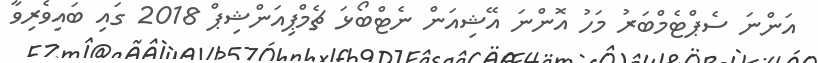
އަންނަ ސެޕްޓެމްބަރު މަހު އޮންނަ އޭޝިއަން ނެޓްބޯޅަ ޗެމްޕިއަންޝިޕް 2018 ގައި ބައިވެރިވާ